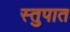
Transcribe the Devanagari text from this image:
स्तुपात